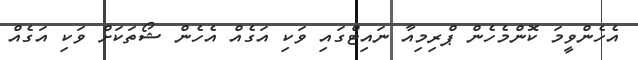
އެހެންވީމަ ކޮންމެހެން ޕްރިމިއާ ނައިޓްގައި ވަކި އަގެއް އެހެން ޝޯތަކަށް ވަކި އަގެއް